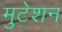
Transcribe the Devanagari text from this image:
मुटेशन